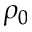
\rho _ { 0 }